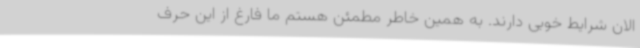
الان شرایط خوبی دارند. به همین خاطر مطمئن هستم ما فارغ از این حرف